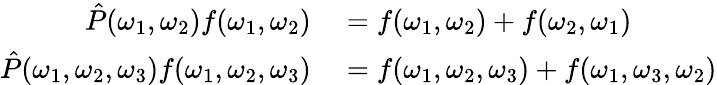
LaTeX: \begin{array}{rl}{\hat{P}(\omega_{1},\omega_{2})f(\omega_{1},\omega_{2})}&{{}=f(\omega_{1},\omega_{2})+f(\omega_{2},\omega_{1})}\\ {\hat{P}(\omega_{1},\omega_{2},\omega_{3})f(\omega_{1},\omega_{2},\omega_{3})}&{{}=f(\omega_{1},\omega_{2},\omega_{3})+f(\omega_{1},\omega_{3},\omega_{2})}\end{array}